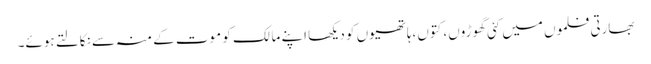
بھارتی فلموں میں کئی گھوڑوں، کتوں،ہاتھیوں کو دیکھا اپنے مالک کو موت کے منہ سے نکالتے ہوئے۔